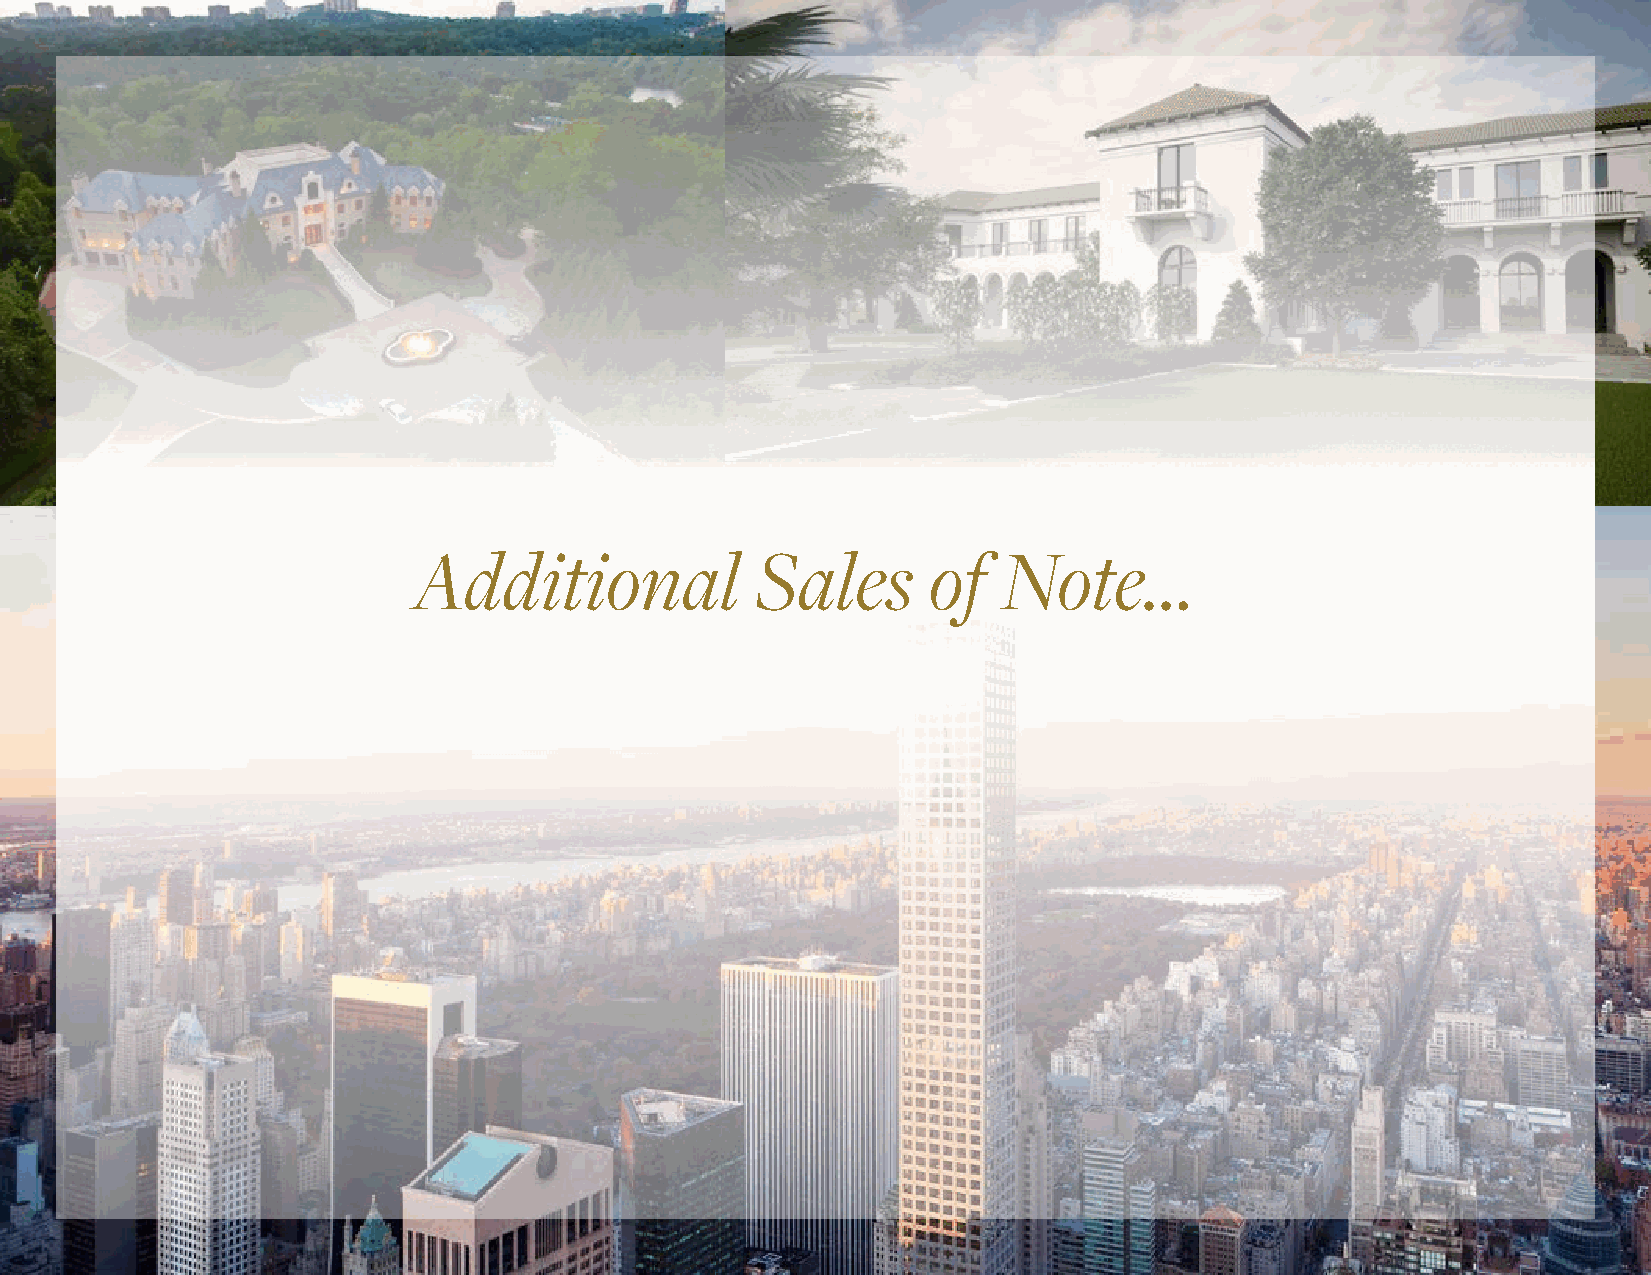
Additional             Sales      of   Note...